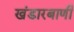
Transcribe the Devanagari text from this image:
खंडारबाणी